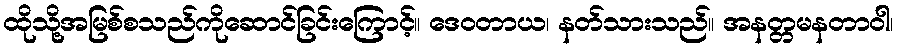
ထိုသို့အမြစ်စသည်ကိုဆောင်ခြင်းကြောင့်။ ဒေဝတာယ၊ နတ်သားသည်။ အနတ္တမနတာဝါ၊